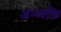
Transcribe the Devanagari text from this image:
अभ्व्यक्ति